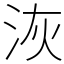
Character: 洃